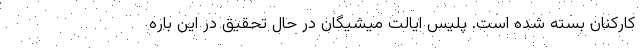
کارکنان بسته شده است. پلیس ایالت میشیگان در حال تحقیق در این باره